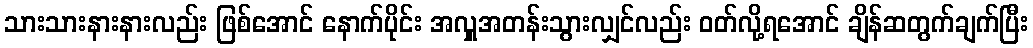
သားသားနားနားလည်း ဖြစ်အောင် နောက်ပိုင်း အလှူအတန်းသွားလျှင်လည်း ဝတ်လို့ရအောင် ချိန်ဆတွက်ချက်ပြီး